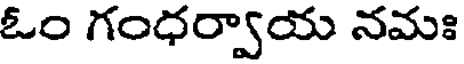
ఓం గంధర్వాయ నమః